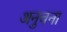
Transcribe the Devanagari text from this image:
अनुचना